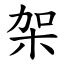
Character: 架